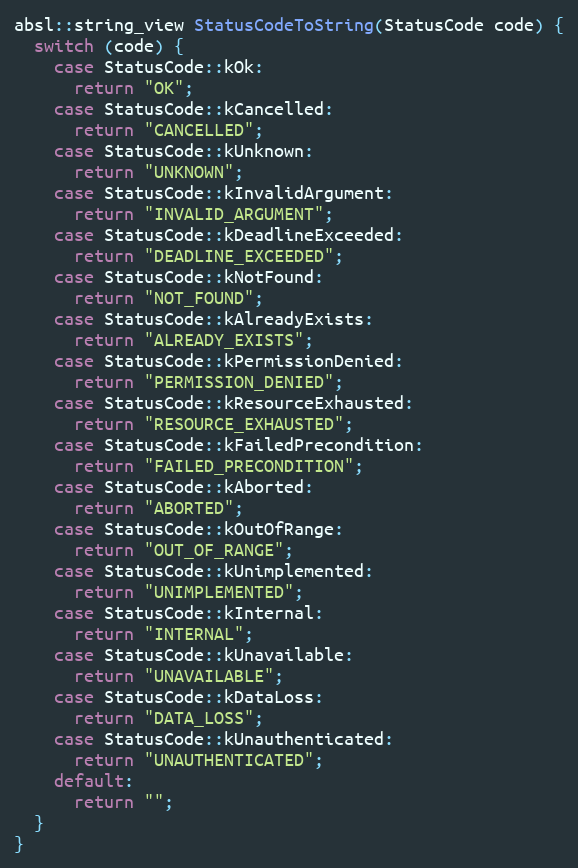
Language: C++
absl::string_view StatusCodeToString(StatusCode code) {
  switch (code) {
    case StatusCode::kOk:
      return "OK";
    case StatusCode::kCancelled:
      return "CANCELLED";
    case StatusCode::kUnknown:
      return "UNKNOWN";
    case StatusCode::kInvalidArgument:
      return "INVALID_ARGUMENT";
    case StatusCode::kDeadlineExceeded:
      return "DEADLINE_EXCEEDED";
    case StatusCode::kNotFound:
      return "NOT_FOUND";
    case StatusCode::kAlreadyExists:
      return "ALREADY_EXISTS";
    case StatusCode::kPermissionDenied:
      return "PERMISSION_DENIED";
    case StatusCode::kResourceExhausted:
      return "RESOURCE_EXHAUSTED";
    case StatusCode::kFailedPrecondition:
      return "FAILED_PRECONDITION";
    case StatusCode::kAborted:
      return "ABORTED";
    case StatusCode::kOutOfRange:
      return "OUT_OF_RANGE";
    case StatusCode::kUnimplemented:
      return "UNIMPLEMENTED";
    case StatusCode::kInternal:
      return "INTERNAL";
    case StatusCode::kUnavailable:
      return "UNAVAILABLE";
    case StatusCode::kDataLoss:
      return "DATA_LOSS";
    case StatusCode::kUnauthenticated:
      return "UNAUTHENTICATED";
    default:
      return "";
  }
}